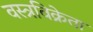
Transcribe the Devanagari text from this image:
वस्त्रविक्रेता